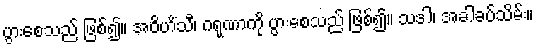
ပွားစေသည် ဖြစ်၍။ အဝိဟိံသီ၊ ဂရုဏာကို ပွားစေသည် ဖြစ်၍။ သဒါ၊ အခါခပ်သိမ်း။